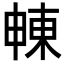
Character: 𣌾